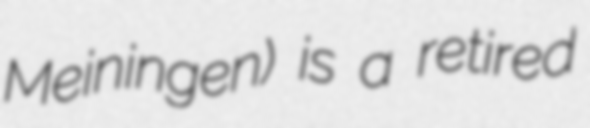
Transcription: Meiningen) is a retired